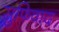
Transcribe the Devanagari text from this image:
सुफिवाद